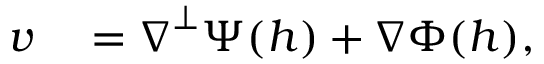
\begin{array} { r l } { \boldsymbol { v } } & { { } = \boldsymbol { \nabla } ^ { \perp } \Psi ( h ) + \boldsymbol { \nabla } \Phi ( h ) , } \end{array}